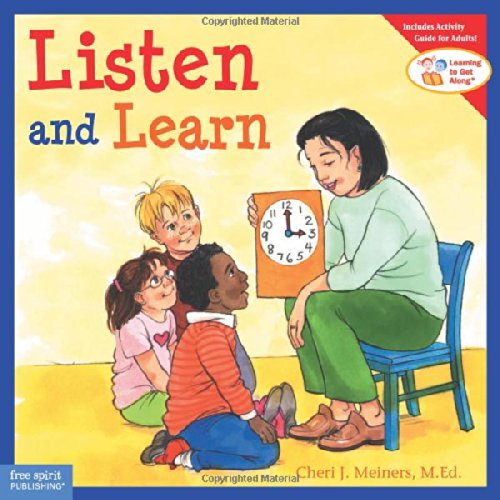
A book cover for Listen and Learn; Cheri J. Meiners; Parenting & Relationships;